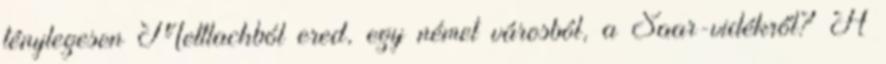
ténylegesen Mettlachból ered, egy német városból, a Saar-vidékről? A